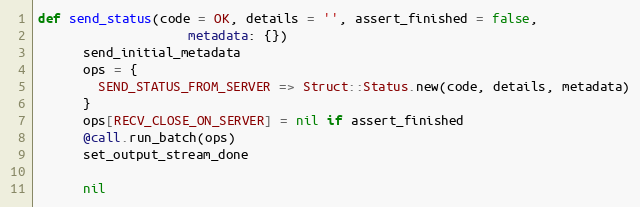
Language: Ruby
def send_status(code = OK, details = '', assert_finished = false,
                    metadata: {})
      send_initial_metadata
      ops = {
        SEND_STATUS_FROM_SERVER => Struct::Status.new(code, details, metadata)
      }
      ops[RECV_CLOSE_ON_SERVER] = nil if assert_finished
      @call.run_batch(ops)
      set_output_stream_done

      nil